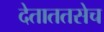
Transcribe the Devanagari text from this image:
देताततसेच